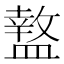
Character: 盩